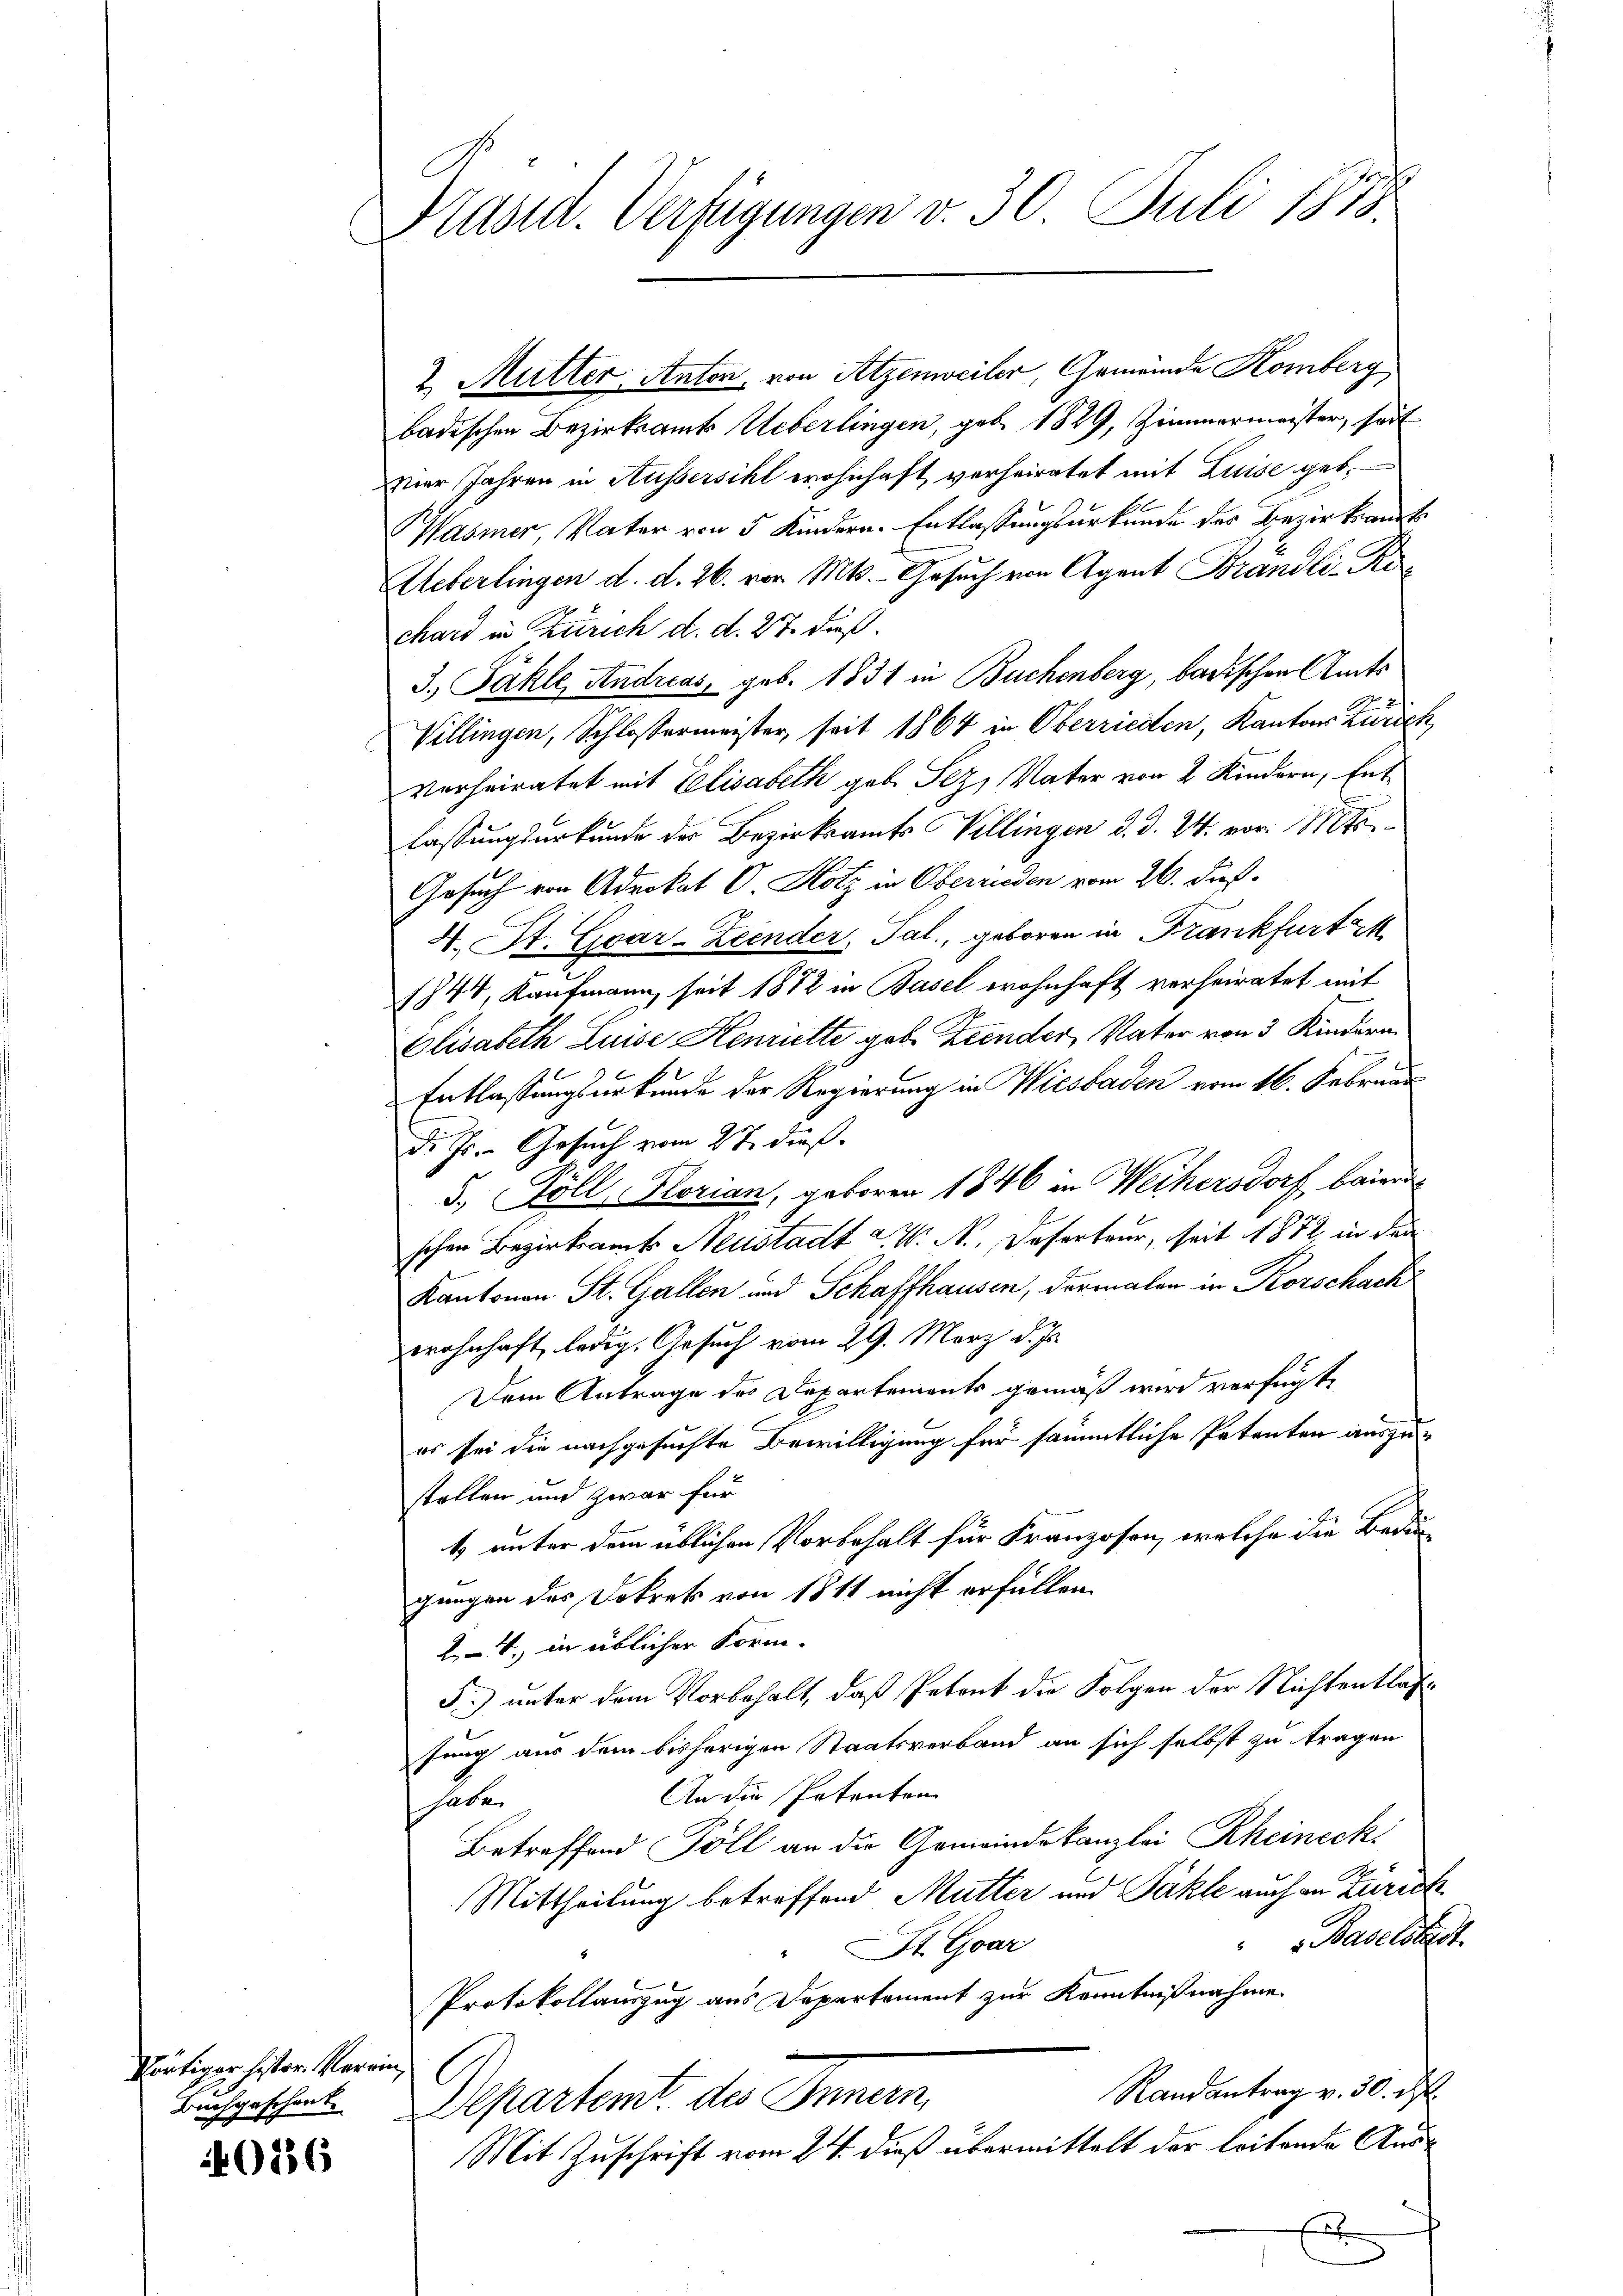
Portiger hister Verein
Buchgeschenk.

0836

Präsid. Verfügungen v. 30. Juli 1873.

2 Mutter Anton, von Atzenweiler, Gemeinde Komberg.
badischen Bezirksamts Ueberlingen, geb. 1829, Zimmermeister, seit
Der Jahren in Aussersihl wohnhaft verheiratet mit Luise geb.
asmer, Vater von 5 Kindern. Entlassungsurkunde des Bezirksamt
Ueberlingen d. d. 26. vor. Mts. - Gesuch von Agent Brandli-Rechard in Zürich d. d. 27. dieß.
3. Pähle, Andreas, geb. 1831 in Buchenberg, badischen Amts
Villingen, Schlossermeister, seit 1864 in Oberrieden, Kantons Zürich
verheiratet mit Elisabeth geb. Pez, Vater von 2 Kindern, Entlassungsurkunde des Bezirksamts Villingen d. d. 24. vor 111
Gesuch von Advokat O. Hotz in Oberreden vom 26. Fuß.
4. St. Goar-Zeender, Pal., geboren in Frankfurt M
1844, Kaufmann, seit 1872 in Basel wohnhaft verheiratet mit
Elisabeth Luise Hennette geb. Zcender, Vater von 3 Kindern
Entlassungsurkunde der Regierung in Wiesbaden vom 16. Februar
d. Js. - Gesuch vom 2t dieß.
5., Döll, Florian, geboren 1846 in Weihersdorf baiern
schen Bezirksamts Neustadt a. W. A. Deserteur, seit 1872, in den
Kantonen St. Gallen und Schaffhausen, dermalen in Korschach
wohnhaft, ledig, Gesuch vom 29. März d. Js.
Dem Antrage des Departements gemäß wird verfügte
C
es sei die nachgesuchte Bewilligung für sämmtliche Petenten auszustellen und zwar für
1. unter dem üblichen Vorbehalt für Franzosen, welche die Bedin
gungen des Dekrets von 1811 nicht erfüllen.
24, in üblicher Form.
F.) unter dem Vorbehalt, daß Petent die Folgen der Nichtentlassung aus dem bisherigen Staatsverband an sich selbst zu tragen
An die Petenton
habe
Betreffend Pöll an die Gemeindekanzlei Rheineck
Mittheilung betreffend Mutter und Pakle auch in Zürich
Baselstadt
SSt. Gar
Protokollauszug aus Departement zur Kenntnißnahme
Randantrag v. 30. ds.
Departent des Innern,
Mit Zuschrift vom 24. dieß übermittelt der leitende Ausd